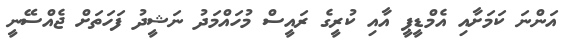
އަންނަ ކަމަށާއި އެމްޑީޕީ އާއި ކުރީގެ ރައީސް މުހައްމަދު ނަޝީދު ފަހަތަށް ޖެއްސޭނީ